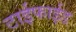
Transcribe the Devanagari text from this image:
टाईफाईड